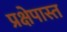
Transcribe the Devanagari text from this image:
प्रक्षेपास्त